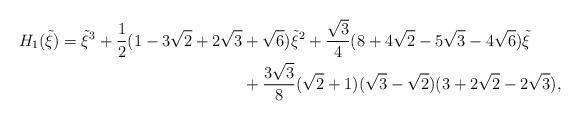
LaTeX: \begin{align*}H_1(\tilde{\xi}) = \tilde{\xi}^3 + \frac{1}{2}(1- 3 \sqrt{2} + 2 \sqrt{3} & + \sqrt{6}) \tilde{\xi}^2+ \frac{\sqrt{3}}{4}(8 +4 \sqrt{2}-5 \sqrt{3}-4 \sqrt{6})\tilde{\xi}\\& +\frac{3 \sqrt{3}}{8} (\sqrt{2}+1)(\sqrt{3}-\sqrt{2})(3 + 2 \sqrt{2} - 2 \sqrt{3}),\end{align*}